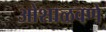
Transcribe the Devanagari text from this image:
ओशाळवणे